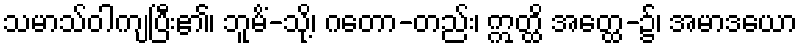
သမာသ်ဝါကျပြီး၏၊ ဘူမိံ-သို့၊ ဂတော-တည်း၊ ဣတ္ထိ အတ္ထေ-၌၊ အမာဒယော